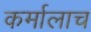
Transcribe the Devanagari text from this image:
कर्मालाच